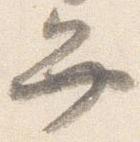
弁